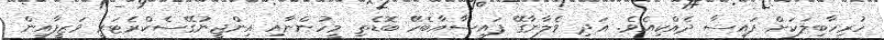
ހުރިހާބިލަކަށް ފައިސާ ދެއްކިއެވެ. އަދި ވެލާނާގޭ ފައިސާއާބެހޭ ބޮޑެތި މީހުންނާއި އިންޖީނުގޭސެކްރެޓަރީ ވަޒީފާއިން